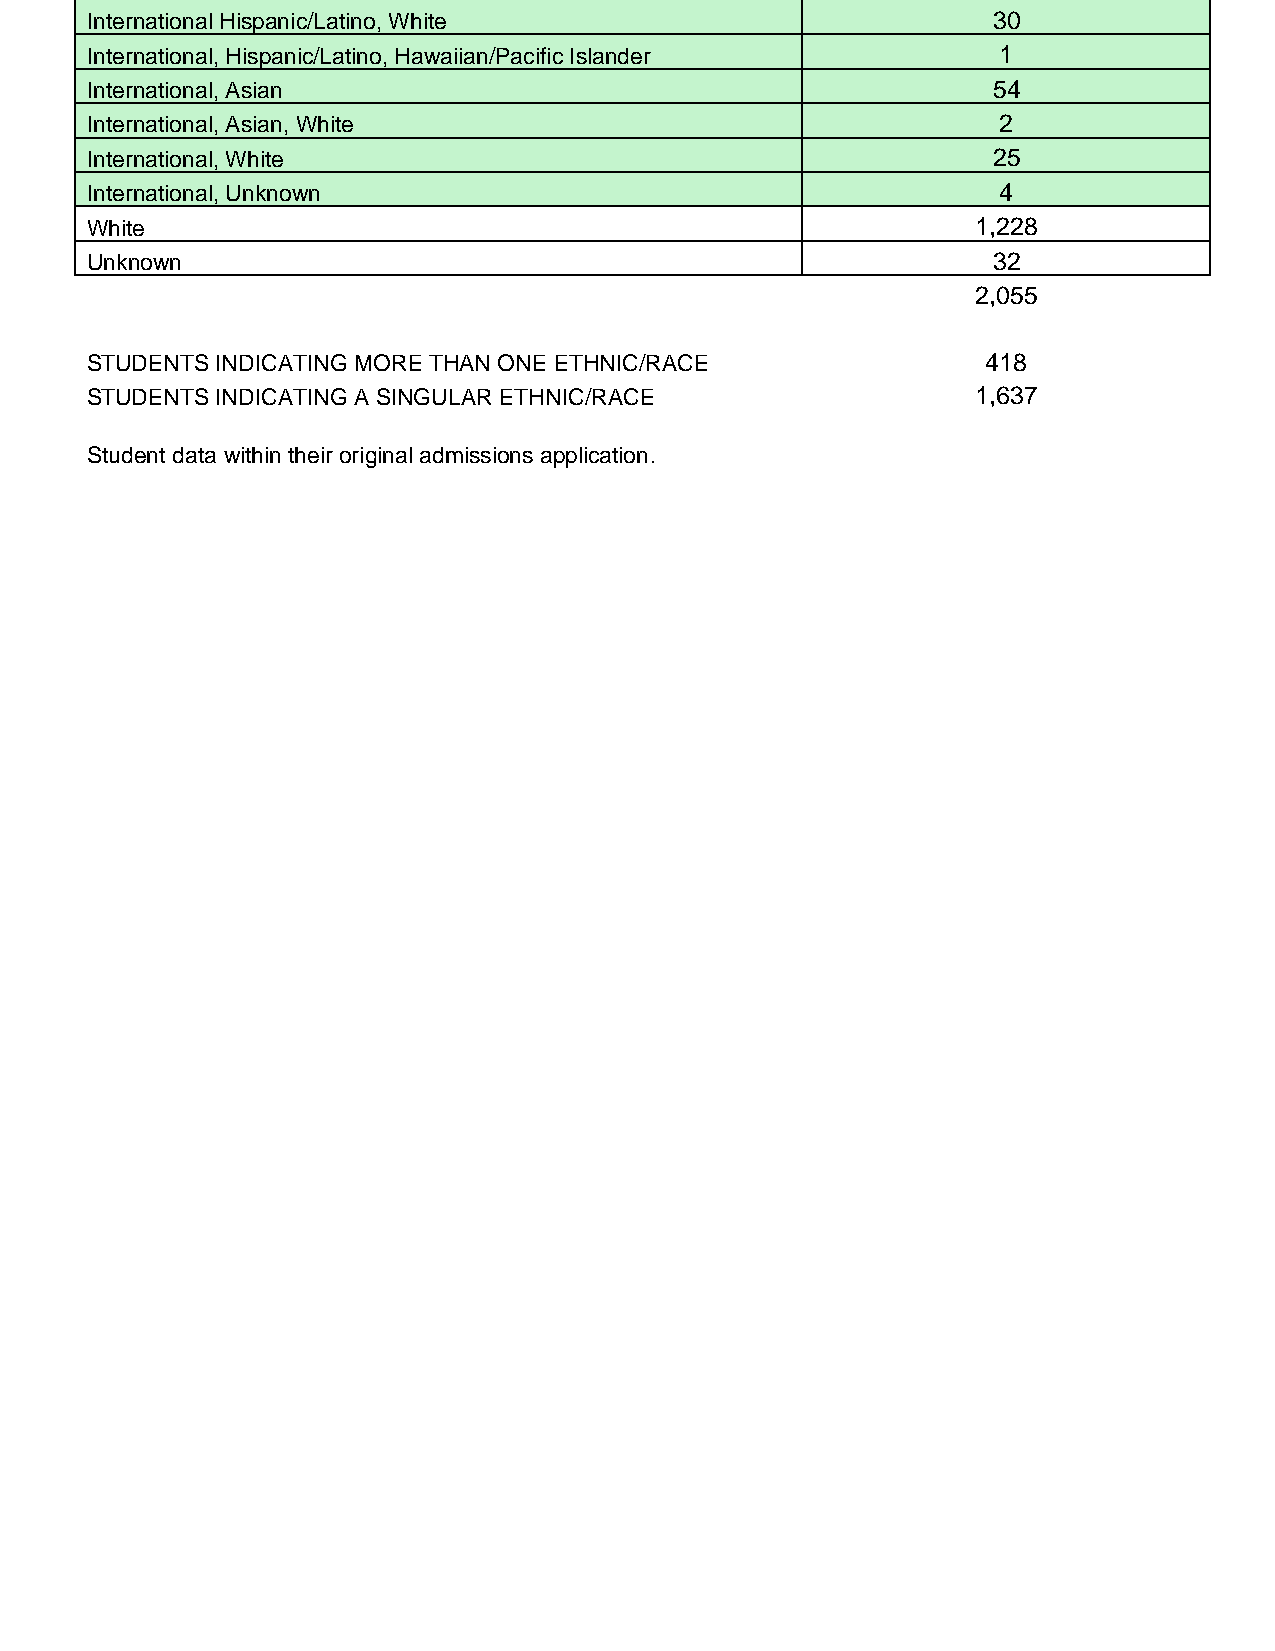
International Hispanic/Latino, White                        30
 International, Hispanic/Latino, Hawaiian/Pacific Islander   1
 International, Asian                                        54
 International, Asian, White                                 2
 International, White                                        25
 International, Unknown                                      4
 White                                                      1,228
 Unknown                                                     32
 2,055
 STUDENTS INDICATING MORE THAN ONE ETHNIC/RACE              418
 STUDENTS INDICATING A SINGULAR ETHNIC/RACE                 1,637
 Student data within their original admissions application.